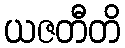
ယဇတီတိ